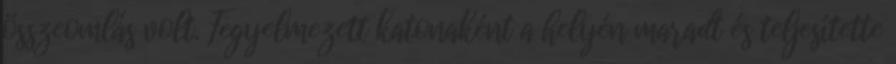
összeomlás volt. Fegyelmezett katonaként a helyén maradt és teljesítette